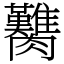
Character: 臡